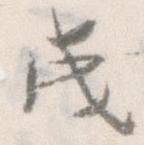
成